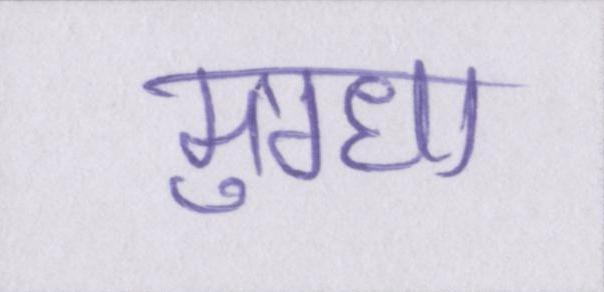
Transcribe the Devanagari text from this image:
मुग्धा